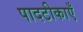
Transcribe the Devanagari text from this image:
पादटीकाएँ